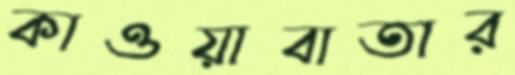
কাওয়াবাতার